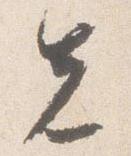
先